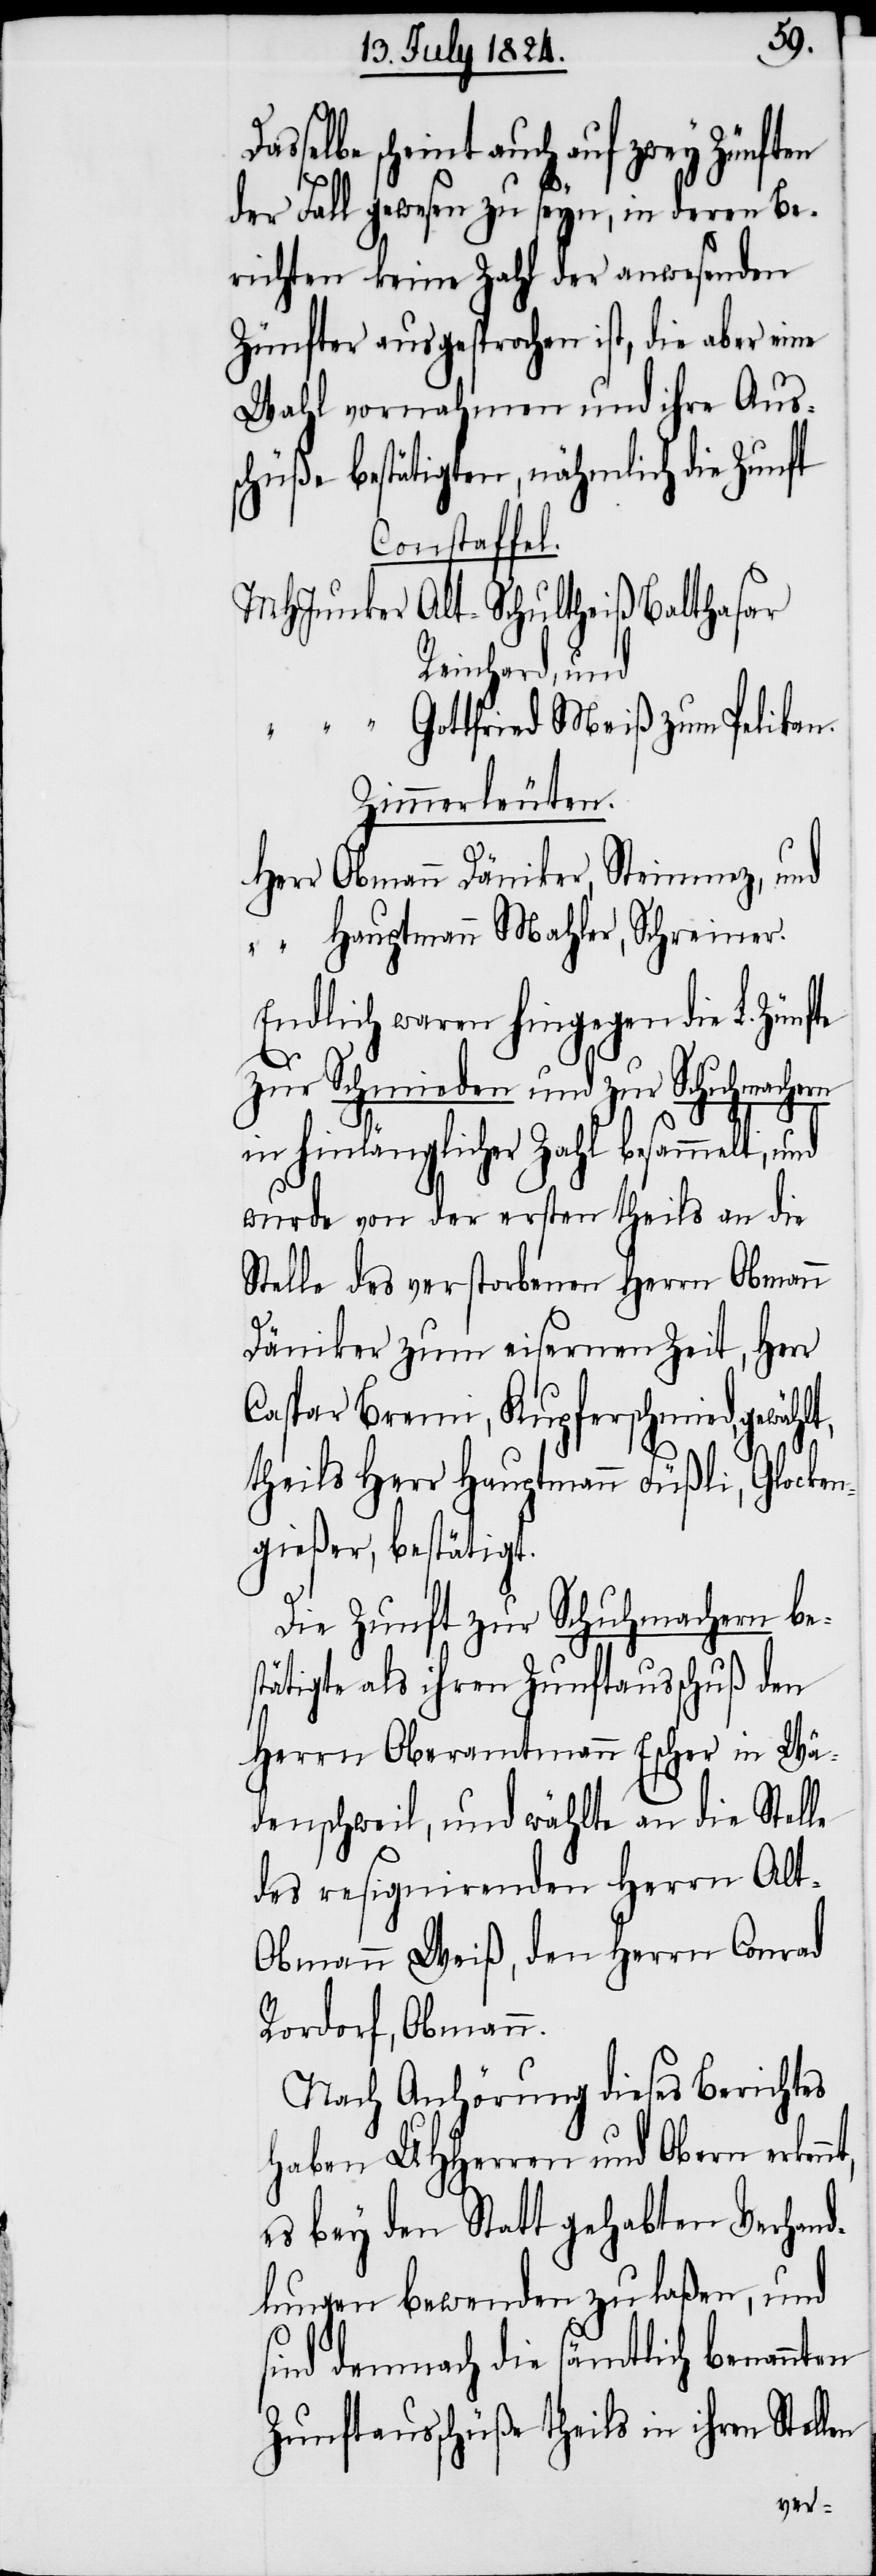
Da¬
sselbe scheint auch auf zwey Zünften
len
der Fall gewesen zu seyn, in deren Be¬
richten keine Zahl der anwesenden
Zünfter ausgesprochen ist, die aber eine
Wahl vornahmen und ihre Aus¬
schüße bestätigten, nähmlich die Zunft
Constaffel.
MHJunker Alt-Schultheiß Balthasar
Reinhard, und
“ Gottfried Meiß zum Pelikan.
Zimmerleuten.
Herr Obmann Däniker, Steinmez, und
“ Hauptmann Mahler, Schreiner.
Endlich waren hingegen die L. Zünf¬
zur Schmieden und zur Schuhmachern
in hinlänglicher Zahl besammelt,
wurde von der ersten theils an die
Stelle des verstorbenen Herrn Obmann
Däniker zum eisernen Zeit, Herr
Caspar Bremi, Kupferschmid, gewählt,
theils Herr Hauptmann Füßli, Glocken¬
gießer, bestätigt.
Die Zunft zur Schuhmachern be¬
stätigt als ihren Zunftausschuß den
Herrn Oberamtmann Escher in Wä¬
denschweil, und wählte an die Stelle
des resiginierenden Herrn Alt-O¬
bmann Weiß, den Herrn Conrad
Rordorf, Obmann.
Nach Anhörung dieses Berichtes
haben UHHerren und Obern erken¬
es bey den Statt gehabten Verhand¬
lungen bewenden zu laßen, und
sind demnach die sämtlich benannten
Zunftausschüße theils in ihren Stel¬